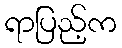
ရာပြည့်က